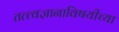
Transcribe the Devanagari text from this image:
तत्त्वज्ञानाविषयीच्या